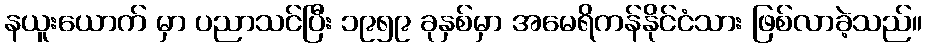
နယူးယောက် မှာ ပညာသင်ပြီး ၁၉၅၉ ခုနှစ်မှာ အမေရိကန်နိုင်ငံသား ဖြစ်လာခဲ့သည်။